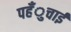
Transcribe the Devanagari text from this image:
पहँुचाई